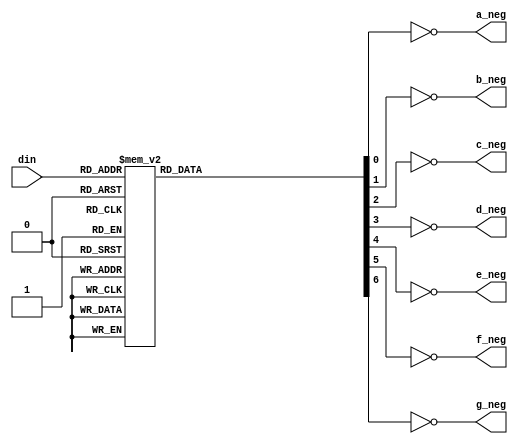
`timescale 1ns / 1ps
//////////////////////////////////////////////////////////////////////////////////
// Company: 
// Engineer: 
// 
// Design Name: 
// Module Name: dig_dec
// Project Name: 
// Target Devices: 
// Tool Versions: 
// Description: 
// 
// Dependencies: 
// 
// Revision:
// Revision 0.01 - File Created
// Additional Comments:
// 
//////////////////////////////////////////////////////////////////////////////////


module dig_dec(din, a_neg, b_neg, c_neg, d_neg, e_neg, f_neg, g_neg);
    input [3:0] din;
    reg a, b, c, d, e, f, g;
    output a_neg, b_neg, c_neg, d_neg, e_neg, f_neg, g_neg; 
    
    always@(din) begin
        case(din)
              0:begin
                a = 1; b = 1; c = 1; d = 1; e = 1; f = 1; g = 0;   
              end
              1:begin
                a = 0; b = 1; c = 1; d = 0; e = 0; f = 0; g = 0;   
              end
              2:begin
                a = 1; b = 1; c = 0; d = 1; e = 1; f = 0; g = 1;   
              end
              3:begin
                a = 1; b = 1; c = 1; d = 1; e = 0; f = 0; g = 1;   
              end
              4:begin
                a = 0; b = 1; c = 1; d = 0; e = 0; f = 1; g = 1;   
              end
              5:begin
                a = 1; b = 0; c = 1; d = 1; e = 0; f = 1; g = 1;   
              end
              6:begin
                a = 1; b = 0; c = 1; d = 1; e = 1; f = 1; g = 1;   
              end
              7:begin
                a = 1; b = 1; c = 1; d = 0; e = 0; f = 0; g = 0;   
              end
              8:begin
                a = 1; b = 1; c = 1; d = 1; e = 1; f = 1; g = 1;   
              end
              9:begin
                a = 1; b = 1; c = 1; d = 0; e = 0; f = 1; g = 1;   
              end
              10:begin
                a = 1; b = 1; c = 1; d = 0; e = 1; f = 1; g = 1;   
              end
              11:begin
                a = 0; b = 0; c = 1; d = 1; e = 1; f = 1; g = 1;   
              end
              12:begin
                a = 1; b = 0; c = 0; d = 1; e = 1; f = 1; g = 0;   
              end
              13:begin
                a = 0; b = 1; c = 1; d = 1; e = 1; f = 0; g = 1;   
              end
              14:begin
                a = 1; b = 0; c = 0; d = 1; e = 1; f = 1; g = 1;   
              end
              15:begin
                a = 1; b = 0; c = 0; d = 0; e = 1; f = 1; g = 1;   
              end
         endcase
    end
    
    assign a_neg =~ a;
    assign b_neg =~ b;
    assign c_neg =~ c;
    assign d_neg =~ d;
    assign e_neg =~ e;
    assign f_neg =~ f;
    assign g_neg =~ g;
endmodule